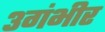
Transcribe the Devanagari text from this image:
३गंभीर